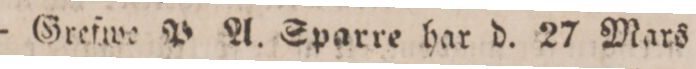
— Grefwe P. A. Sparre har d. 27 Mars